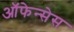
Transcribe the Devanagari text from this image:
ऑफेन्सेस